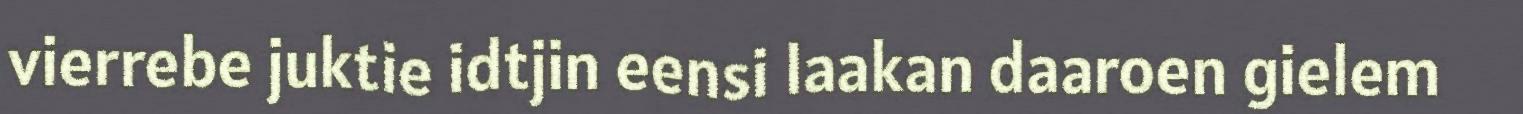
vierrebe juktie idtjin eensi laakan daaroen gielem